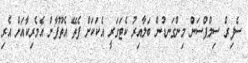
ސެފިރް ސިމްޕްސަން މިންގަނޑުން ބަލާއިރު ކެޓަގަރީ އެކަކަށް ފެތޭ އެތޫފާން އެމެރިކާއަށް އެރި